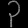
Digit: ၃